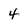
Character: 4